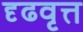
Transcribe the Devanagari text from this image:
दृढवृत्त